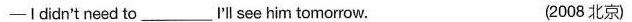
——Ididn't need to___'ll see him tomorrow. (2008 北京)